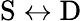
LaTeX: \mathrm{S}\leftrightarrow\mathrm{D}